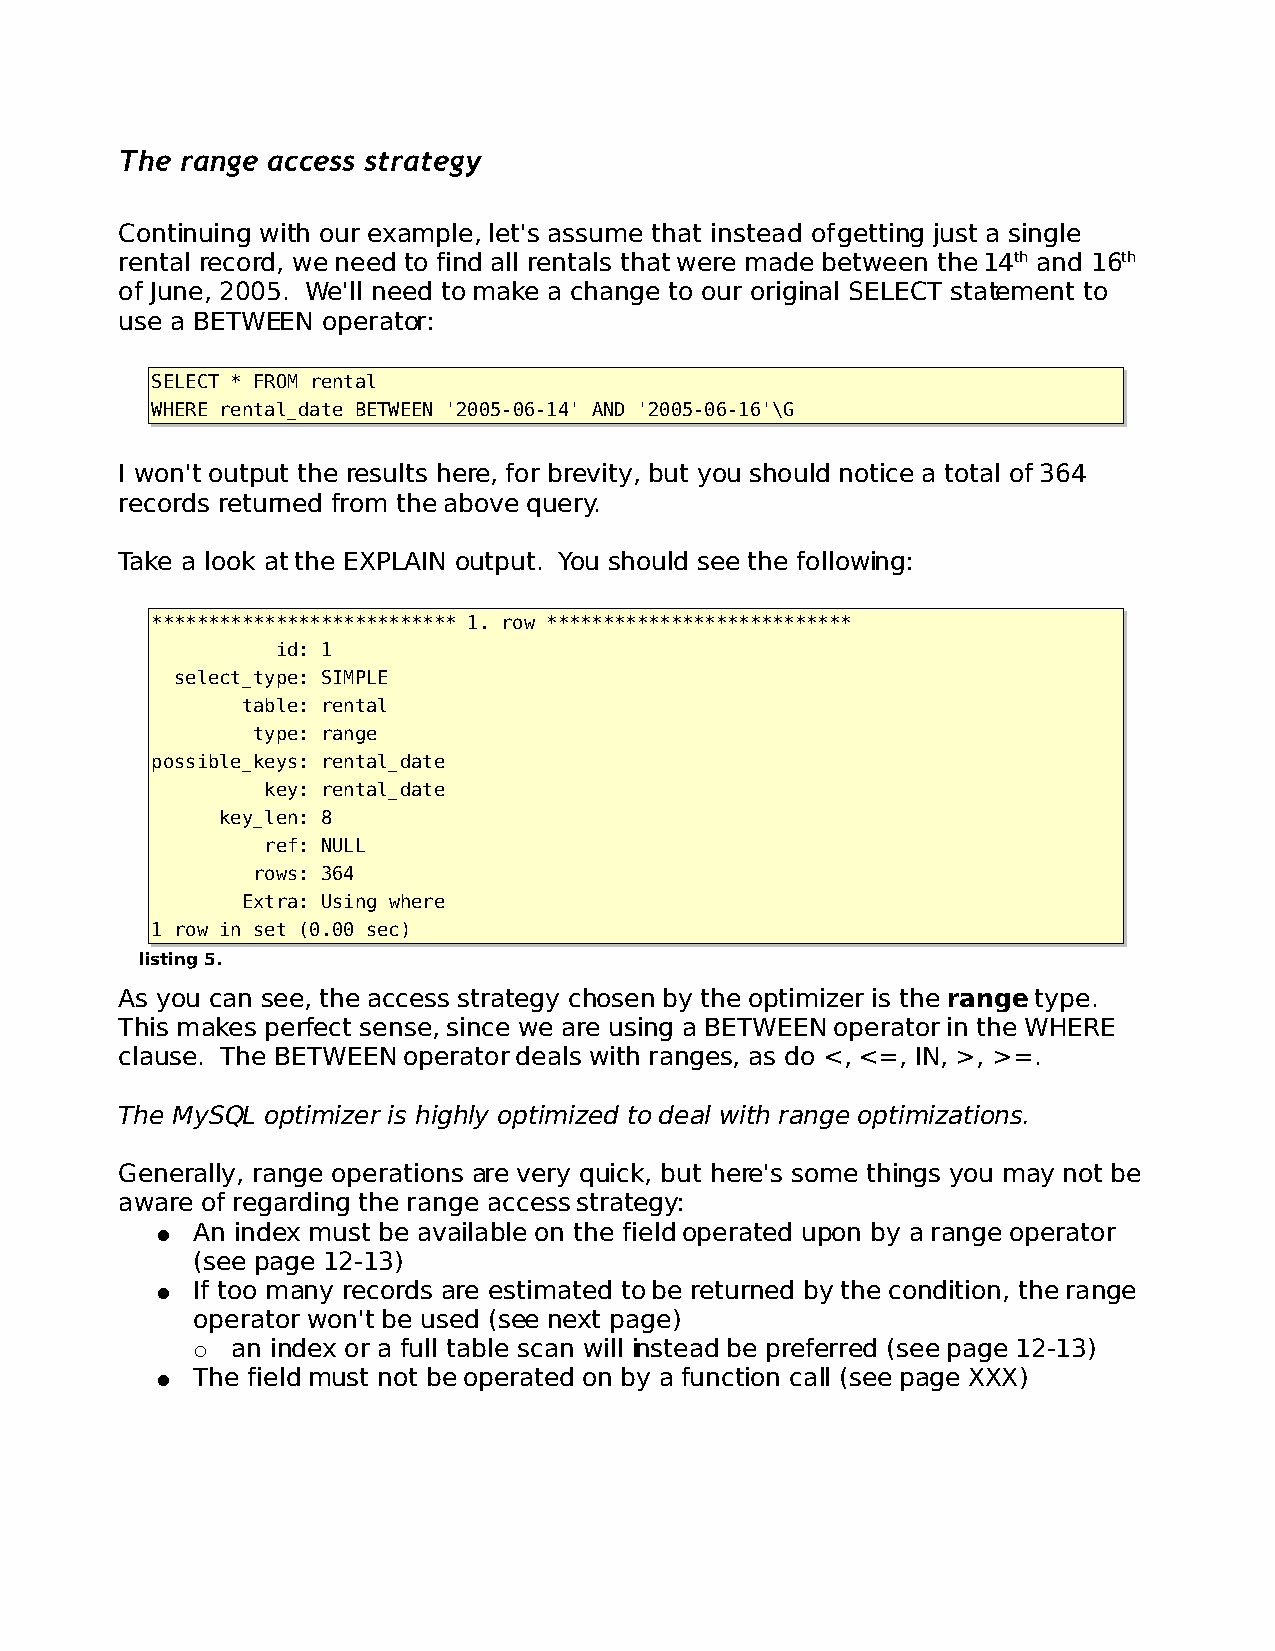
The range access strategy
 Continuing with our example, let's assume that instead of getting just a single
 rental record, we need to find all rentals that were made between the 14th and 16th
 of June, 2005. We'll need to make a change to our original SELECT statement to
 use a BETWEEN operator:
 SELECT * FROM rental
 WHERE rental_date BETWEEN '2005-06-14' AND '2005-06-16'\G
 I won't output the results here, for brevity, but you should notice a total of 364
 records returned from the above query.
 Take a look at the EXPLAIN output. You should see the following:
 *************************** 1. row ***************************
 id: 1
 select_type: SIMPLE
 table: rental
 type: range
 possible_keys: rental_date
 key: rental_date
 key_len: 8
 ref: NULL
 rows: 364
 Extra: Using where
 1 row in set (0.00 sec)
 listing 5.
 As you can see, the access strategy chosen by the optimizer is the range type.
 This makes perfect sense, since we are using a BETWEEN operator in the WHERE
 clause. The BETWEEN operator deals with ranges, as do <, <=, IN, >, >=.
 The MySQL optimizer is highly optimized to deal with range optimizations.
 Generally, range operations are very quick, but here's some things you may not be
 aware of regarding the range access strategy:
 ●  An index must be available on the field operated upon by a range operator
 (see page 12-13)
 ●  If too many records are estimated to be returned by the condition, the range
 operator won't be used (see next page)
 ○ an index or a full table scan will instead be preferred (see page 12-13)
 ●  The field must not be operated on by a function call (see page XXX)